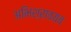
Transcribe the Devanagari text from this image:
अभिश्रावयव